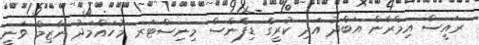
ރައީސް އިމްރާން އަބްދު އަދި ކުރީގެ ޑިފެންސް މިނިސްޓަރ މުހައްމަދު ނާޒިމް ވަނީ